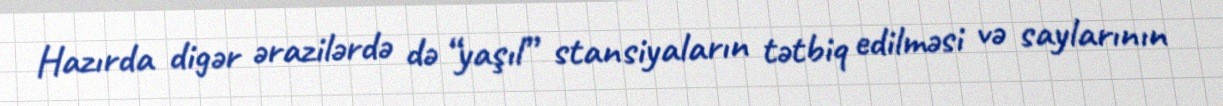
Hazırda digər ərazilərdə də “yaşıl” stansiyaların tətbiq edilməsi və saylarının